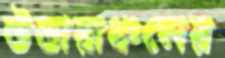
উত্তারাঞ্চলের